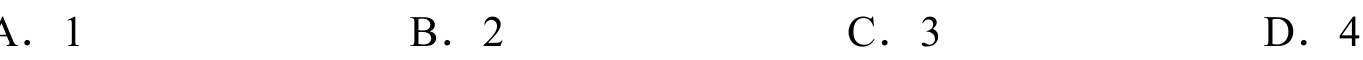
A．1  B．2  C．3  D．4